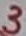
Text: 3